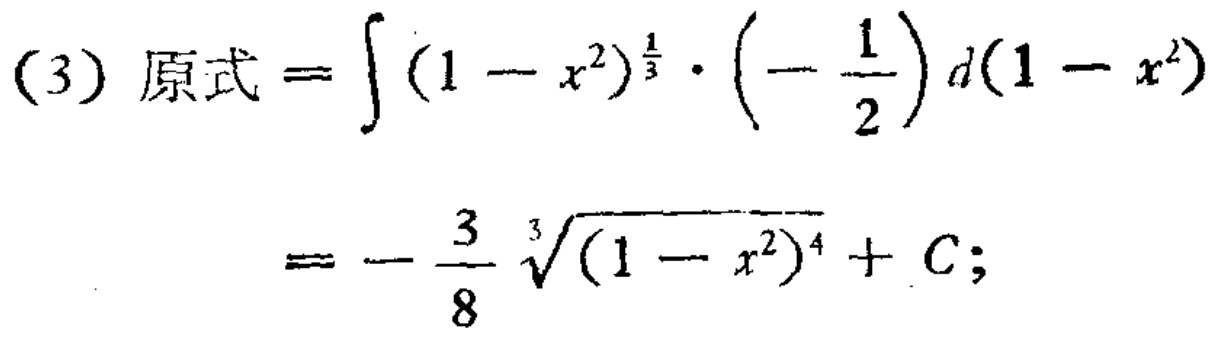
\[
\begin{align*}
(3)\ 原式&=\int(1 - x^{2})^{\frac{1}{3}}\cdot\left(-\frac{1}{2}\right)d(1 - x^{2})\\
&=-\frac{3}{8}\sqrt[3]{(1 - x^{2})^{4}}+C;
\end{align*}
\]